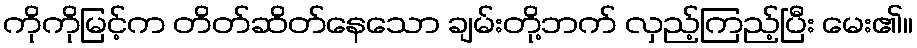
ကိုကိုမြင့်က တိတ်ဆိတ်နေသော ချမ်းတို့ဘက် လှည့်ကြည့်ပြီး မေး၏။